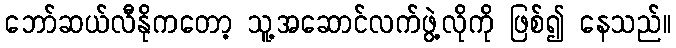
ဘော်ဆယ်လီနိုကတော့ သူ့အဆောင်လက်ဖွဲ့လိုကို ဖြစ်၍ နေသည်။